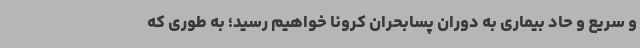
و سریع و حاد بیماری به دوران پسابحران کرونا خواهیم رسید؛ به طوری که